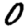
Digit: 0